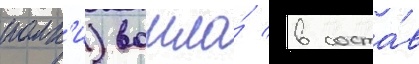
полк'и) вошла́ в соста́в